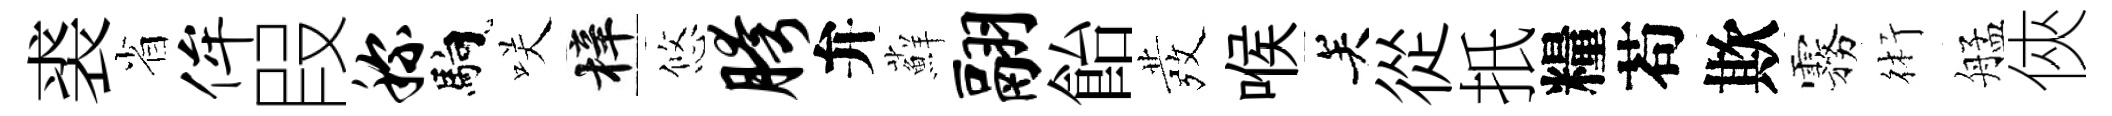
裘省侔叚称馿咲梓悠胯弁蘚翮飴發喉关從扺糧苟欺霧術艋俠